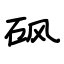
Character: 砜